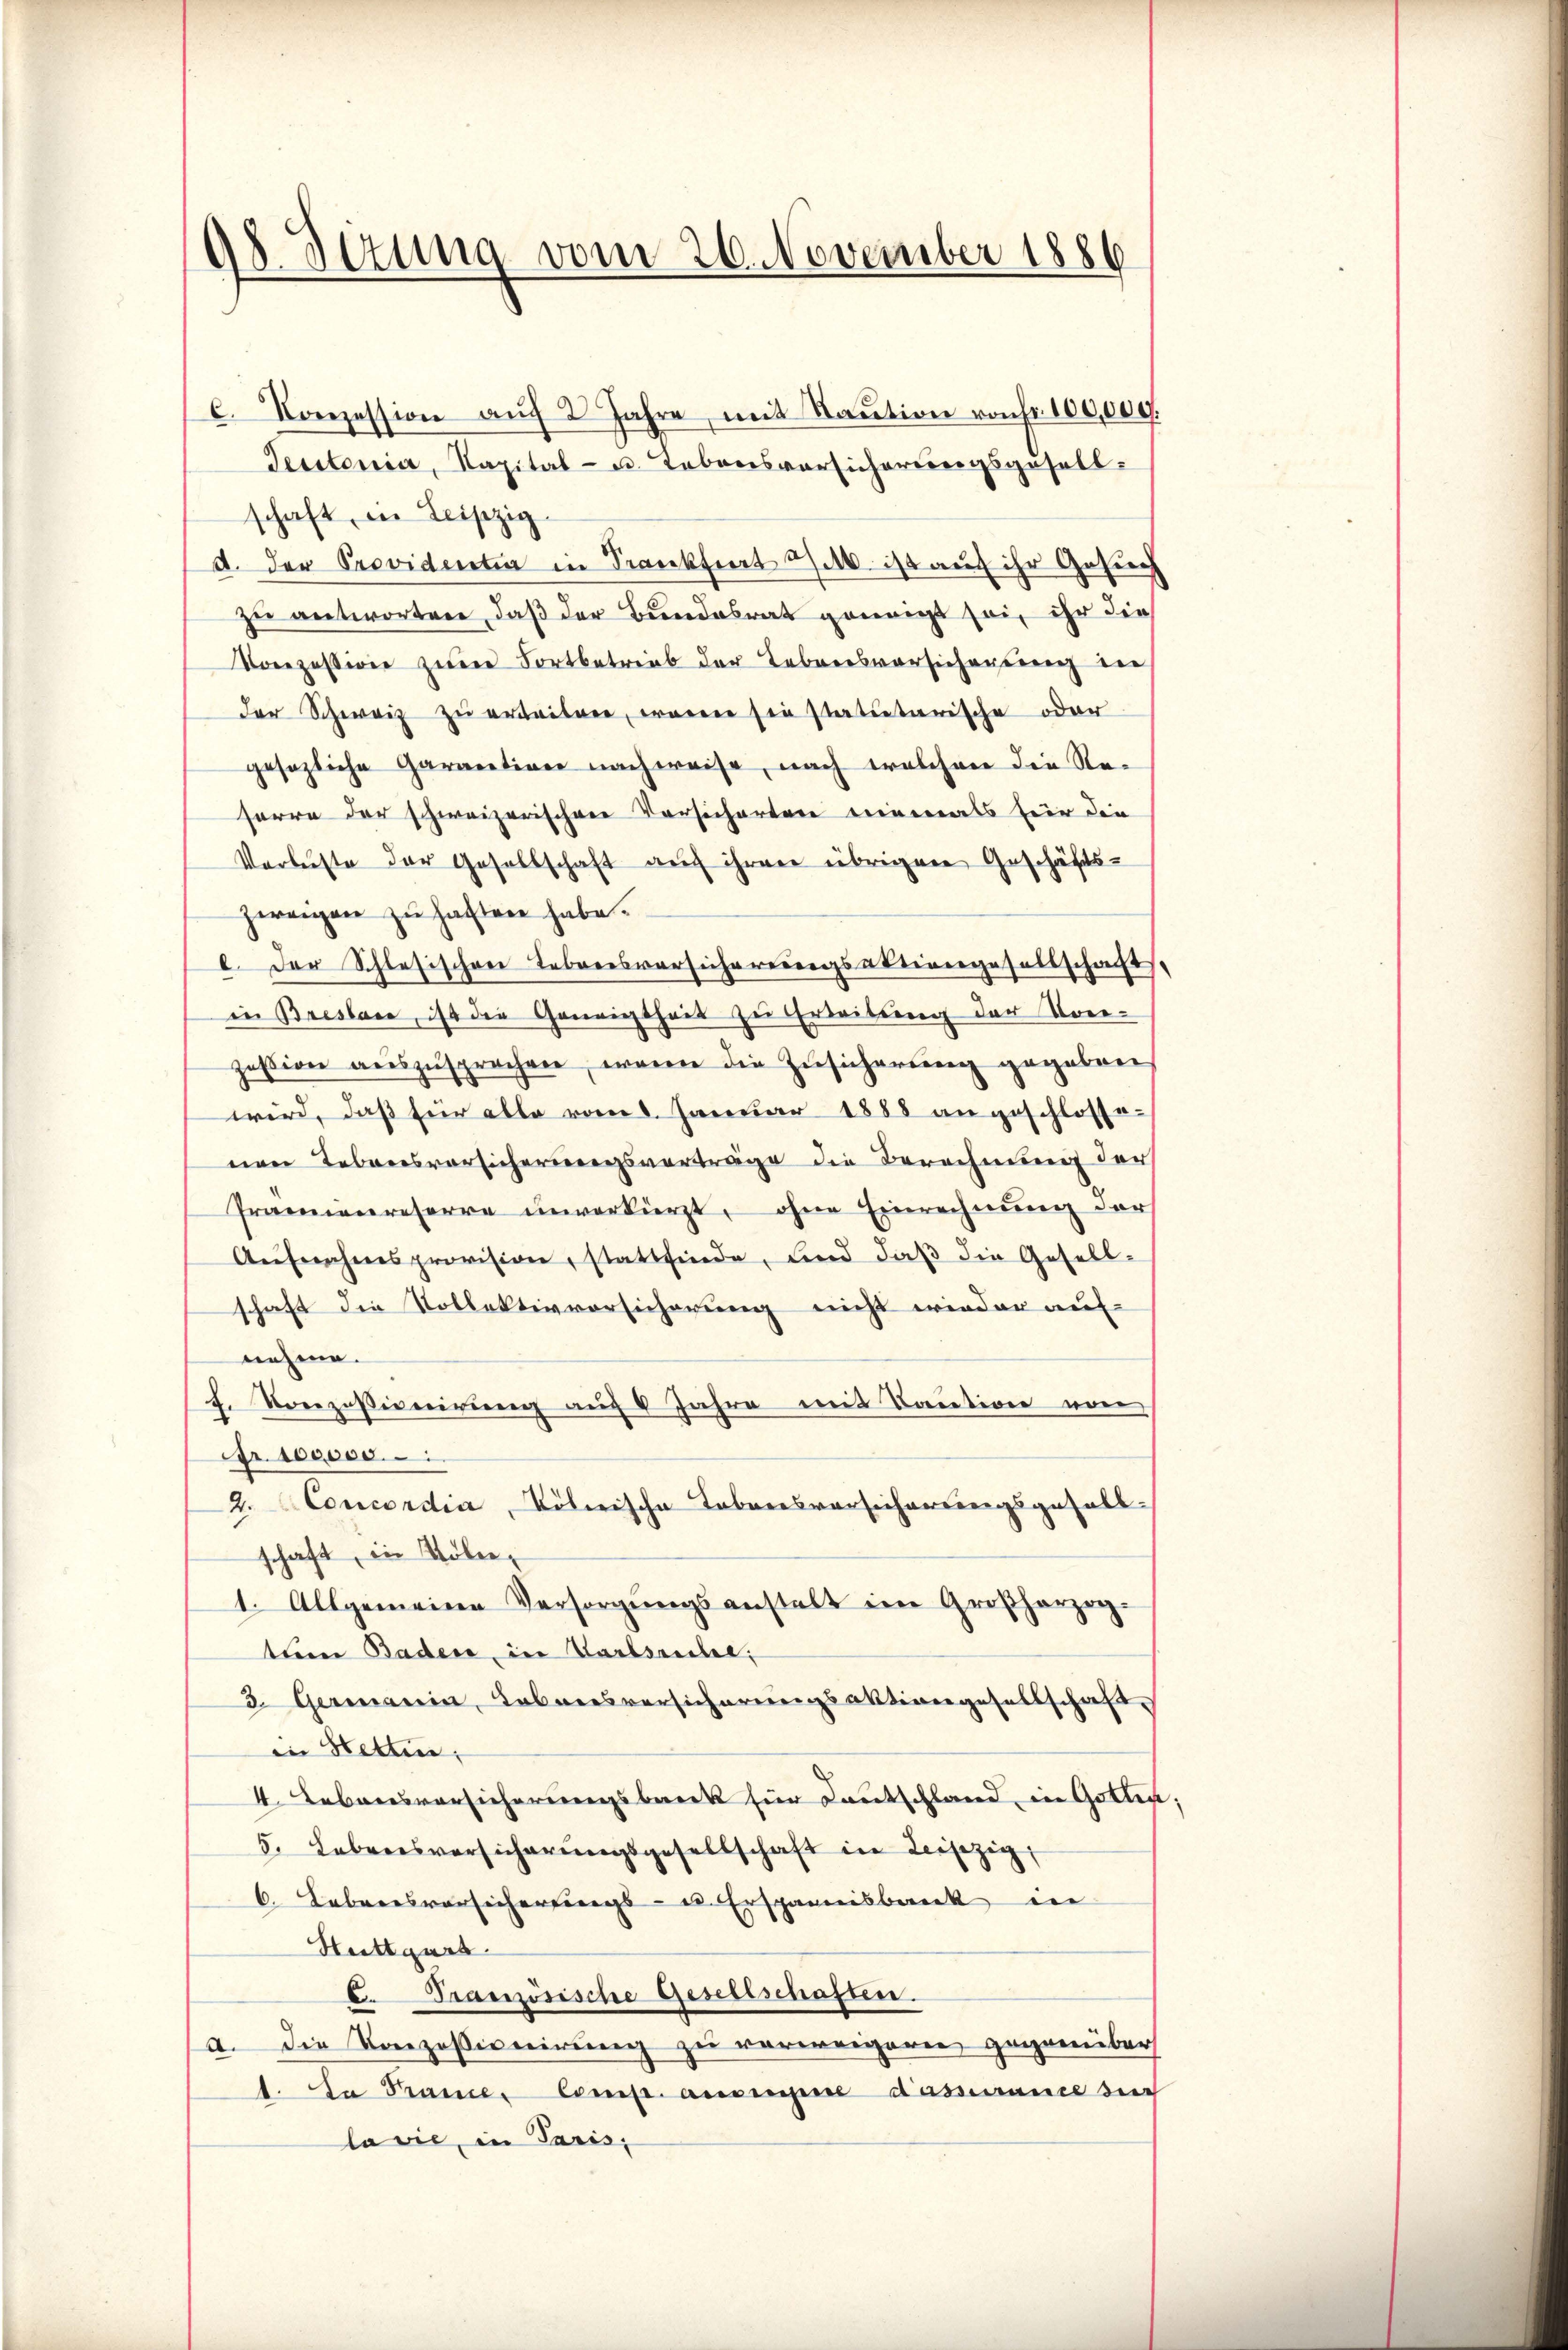
as Sitzung vom 26. November 1886

c. Konzession aŭf 2 Jahre mit Staŭtion von fr. 100,000.
Teutonia, Kapital- u. Lebensversicherungsgesellschaft, in Leipzig
a. der Providentia in Frankfiert u. 10 ist auf ihr Gesuch
zu antworten, daß der Bundesrat geneigt sei, ihr die
Konzession zum Fortbetrieb der Lebensvorsicherung in
der Schweiz zu erbeiten, waren sie statutarische oder
gesezliche Gararetion nachweise, nach welchen die Reserre der schweizerischen Versicherten niemals für die
Verluste der Gesellschaft auch ihren übrigen Geschäfts-
zweigen zu haften habe.
e. Der Schlesischen Lebensversicherungsaktiengesellschaft
in Breslace, ist die Geneigtheit zu Erleitung der Vor-
zession aŭszŭsprechen, waren die Zusicherung gegeben
wird, daß für alle vom 8. Januar 1888 angeschlossenen Lebensvorsicherungsvorträge die Berechnung der
Prämienreserre unverkürzt, ohne Einrechnung der
Aŭfnahmsprovision, stattfinde, und daß die Gesell-
schaft die Kollektivvorsicherung nicht wieder auf-
nehme.
Korezessionirung auf 4 Jahre mit Kaution von
Nr. 100000.
2. Concordia, Kölnische Tabaresversicherungsgefall-
schaft, in Toler¬
1. Allgemeine Versorgŭngsanstalt im Großherzig-
tum Baden, in Karlsreche,
3. Germanin, Lebensversicherungsaktiongesellschaft
in Stetten,
4. Lebensvorsicherungsbeck für Kautschland, in Götter
5. Lebensversicherŭngsgesellschaft in Leisezig
6. Lebenesvorsicherungs- u. Erspannisbruck in
Stuttgart
b. Französische Gesellschaften.
a. Die Konzessionirung zu verweigern, gegenüber
t. Da Srainer Comp. auseine Kassance durch
lavie, in Paris,